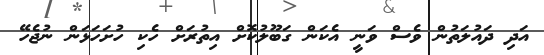
އަދި ދައުލަތުން ވެސް ވަނީ އެކަން ގަބޫލުކޮށް އިތުރަށް ހެކި ހުށަހަޅަން ނުޖެހޭ